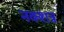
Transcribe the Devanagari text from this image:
नक्शत्र